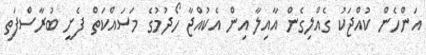
އަންހެން ކުއްޖަކު ގެއްލިގެން އާއިލާ އިން އެކުއްޖާ ހޯދުމުގެ މަސައްކަތް ފެށީ ބުރާސްފަތި